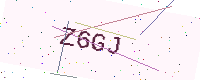
Text: Z6GJ